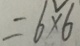
= 6 \times 6